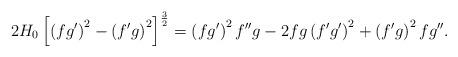
LaTeX: \begin{align*}2H_{0}\left[ \left( fg^{\prime }\right) ^{2}-\left( f^{\prime}g\right) ^{2} \right] ^{\frac{3}{2}}=\left( fg^{\prime }\right)^{2}f^{\prime \prime }g-2fg\left( f^{\prime }g^{\prime }\right) ^{2}+\left(f^{\prime }g\right) ^{2}fg^{\prime \prime }. \end{align*}